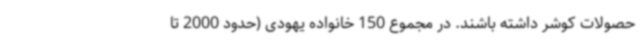
حصولات کوشر داشته‌ باشند. در مجموع 150 خانواده یهودی (حدود 2000 تا